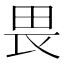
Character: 畏